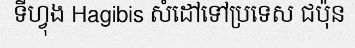
ទីហ្វុង Hagibis សំដៅទៅប្រទេស ជប៉ុន